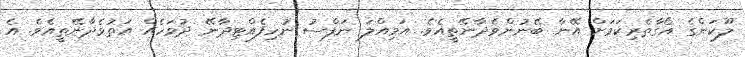
ލޫކަންގެ އޯގާތެރިކަމަށް އޭނާ ބޭނުންވެދާނޭތީއެވެ. އަމިއްލަ ނަފްސު ނުހިފެއްޓިދާނޭ ދުވަހެއް އަތުވެދާނޭތީއެވެ. އެ